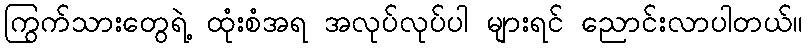
ကြွက်သားတွေရဲ့ ထုံးစံအရ အလုပ်လုပ်ပါ များရင် ညောင်းလာပါတယ်။